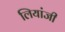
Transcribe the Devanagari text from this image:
लियांजी